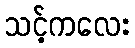
သင့်ကလေး